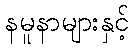
နမူနာများနှင့်